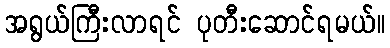
အရွယ်ကြီးလာရင် ပုတီးဆောင်ရမယ်။